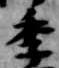
季